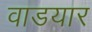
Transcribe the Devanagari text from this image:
वाडयार